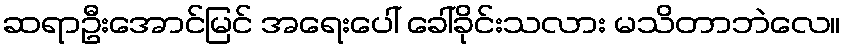
ဆရာဦးအောင်မြင် အရေးပေါ် ခေါ်ခိုင်းသလား မသိတာဘဲလေ။